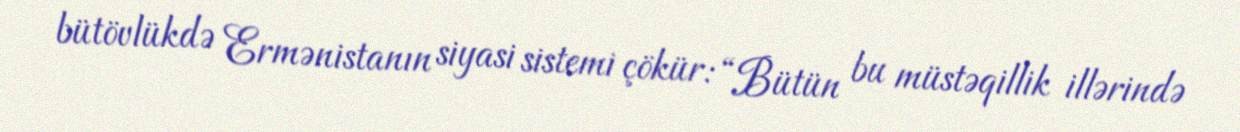
bütövlükdə Ermənistanın siyasi sistemi çökür: “Bütün bu müstəqillik illərində